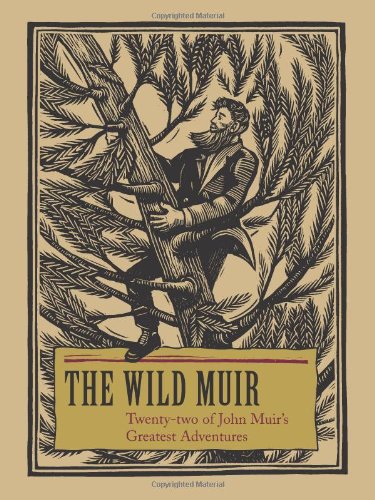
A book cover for The Wild Muir: Twenty-Two of John Muir's Greatest Adventures; Biographies & Memoirs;